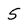
Character: 5